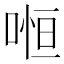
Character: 𠷐